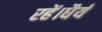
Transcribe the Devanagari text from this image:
रहें।धैर्य